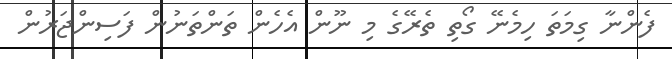
ފެންނާ ގިމަތަ ހިމެނޭ ގޯތި ތެރޭގެ މި ނޫން އެހެން ތަންތަނުން ފަސިންޖަރުން